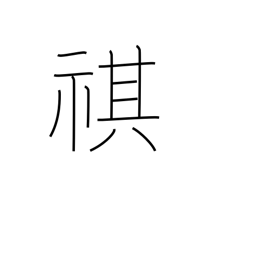
Meaning: security